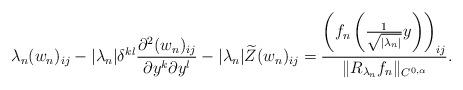
LaTeX: \begin{align*} \lambda_n (w_n)_{ij} - |\lambda_n| \delta^{kl} \frac{\partial^2 (w_n)_{ij}}{\partial y^k \partial y^l} - |\lambda_n| \widetilde{Z}(w_n)_{ij} = \frac{\left(f_n\left( \frac{1}{\sqrt{|\lambda_n|}} y \right)\right)_{ij}}{\|R_{\lambda_n} f_n\|_{C^{0,\alpha}}}.\end{align*}